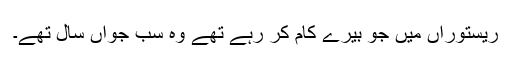
ریستوراں میں جو بیرے کام کر رہے تھے وہ سب جواں سال تھے۔